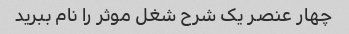
چهار عنصر یک شرح شغل موثر را نام ببرید